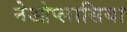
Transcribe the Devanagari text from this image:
नेओप्लासिया